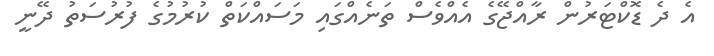
އެ ދެ ޑޮކްޓަރުން ރާއްޖޭގެ އެއްވެސް ތަނެއްގައި މަސައްކަތް ކުރުމުގެ ފުރުސަތު ދޭނީ